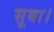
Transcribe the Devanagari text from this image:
सूबा।